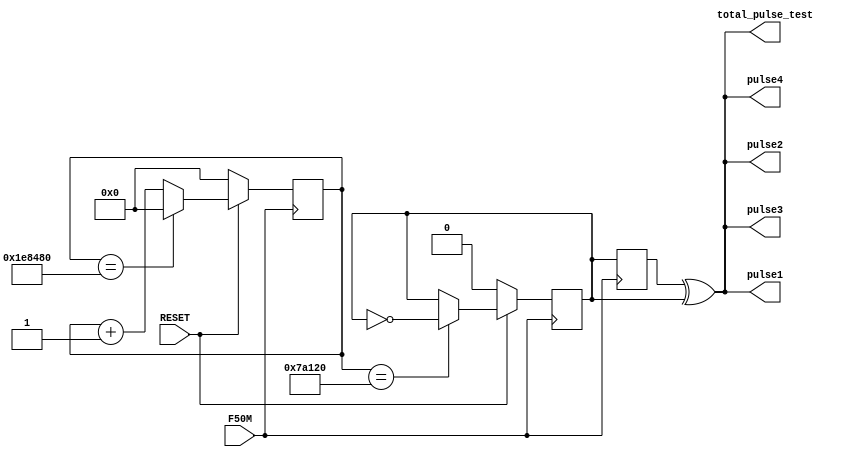
module fdivision (RESET,F50M,pulse1,pulse2,pulse3,pulse4,total_pulse_test);
	input F50M,RESET;
	output pulse1;
	output pulse2;
	output pulse3;
	output pulse4;
	output total_pulse_test;
reg flag1,flag2,flag3,flag4;
reg [20:0]j;//2^19 = 524_288
reg flag1_r,flag2_r,flag3_r,flag4_r;
always @(posedge F50M)
	if(!RESET) //
			j <= 0;
	else
		begin
			if(j==21'd2000000) //F50M 
				j <= 0;
		else
			j <= j+1;
		end
always @(posedge F50M)
	if(!RESET) //
		begin
			flag1 <= 0;
			flag2 <= 0;
			flag3 <= 0;
			flag4 <= 0;
		end
	else
		begin
		if(j==21'd500000)
			flag1 <= ~flag1;
		if(j==21'd1000000)
			flag2 <= ~flag2;
		if(j==21'd1500000)
			flag3 <= ~flag3;
		if(j==21'd2000000)
			flag4 <= ~flag4;
		end
		
always@(posedge F50M)
	flag1_r <= flag1;
always@(posedge F50M)
	flag2_r <= flag2;
always@(posedge F50M)
	flag3_r <= flag3;
always@(posedge F50M)
	flag4_r <= flag4;		

assign pulse1 = flag1_r^flag1;
assign pulse2 = flag1_r^flag1;
assign pulse3 = flag1_r^flag1;
assign pulse4 = flag1_r^flag1;
assign total_pulse_test = pulse1 | pulse2 | pulse3 | pulse4;
	
endmodule